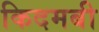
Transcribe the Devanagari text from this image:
किदमबी